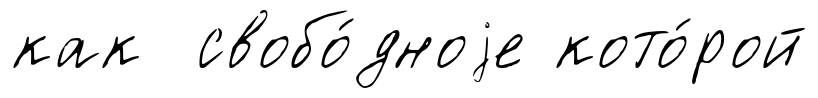
как свобо́дноjе кото́рой